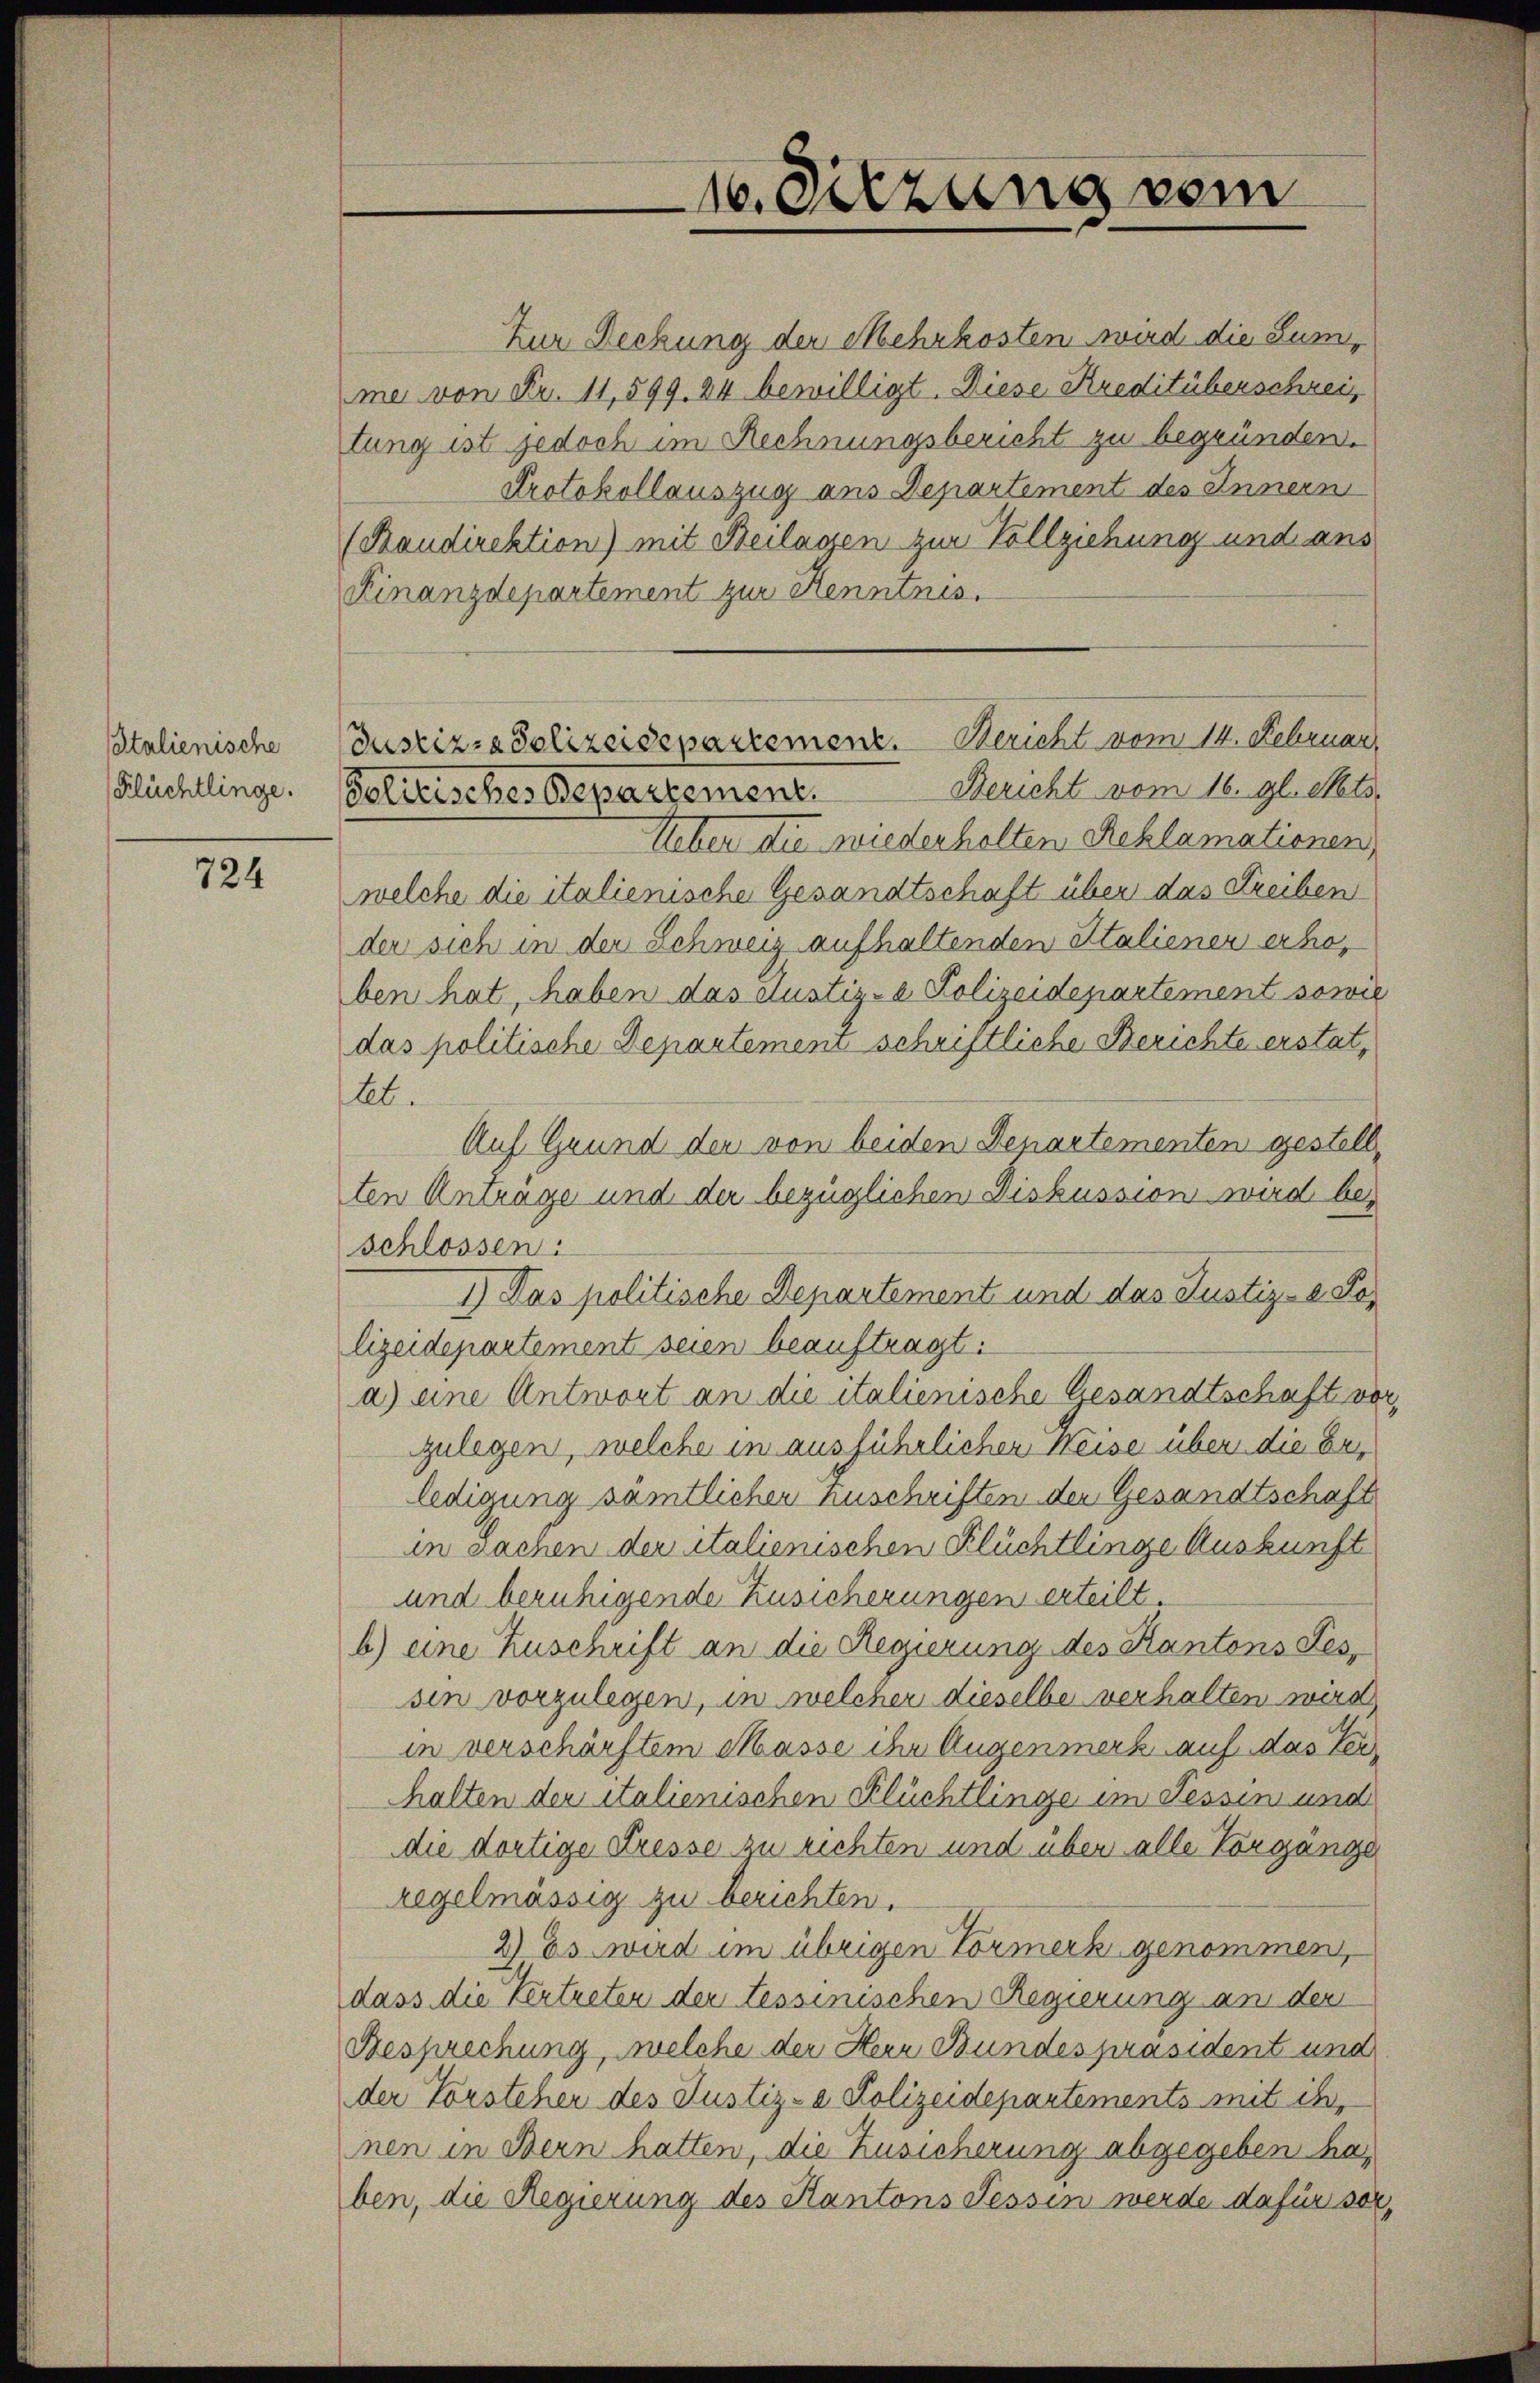
Italienische
Klüchtlinge.

724

16. Sitzung vom

Zur Deckung der Mehrkosten wird die Summe von Fr. 11,599. 84 bewilligt. Diese Kreditüberschreitung ist jedoch im Rechnungsbericht zu begründen.
Protokollauszug aus Departement des Innern
(Kaudirektion) mit Beilagen zur Vollziehung und ans
Finanzdepartement zur Kenntnis.
Ueber die wiederholten Reklamationen.
welche die italienische Gesandtschaft über das Freiben
der sich in der Schweiz aufhaltenden Italiener erhoben hat, haben das Justiz- & Polizeidepartement sowie
das politische Departemen schriftliche Berichte erstatlb.
Auf Grund der von beiden Denartementen gestellten Antrage und der bezüglichen Diskussion wird beschlossen.
1.) Das politische Departement und das Justiz- & Polizeidepartement seien beauftragt.
a) eine Antwort an die italienische Gesandtschaft vor
zulegen, welche in ausführlicher Weise über die ber
ledigung sämtlicher Zuschriften den Gesandtschaft
in Sachen der italienischen Flüchtlinge Auskunft
und beruhigende Zusicherungen erteilt.
b) eine Zuschrift an die Regierung des Kantons Tes-
sin vorzulegen, in welcher dieselbe verhalten werd
in verschärftem Masse ihr Augenmerk auf das Terhalten der italienischen Flüchtlinge im Tessin und
die dortige Presse zu richten und über alle Vorgange
regelmässig zu berichten.
2) Es wird im übrigen Formerk genommen,
dass die Vertreten der tessinischen Regierung an den
Besprechung, welche der Herr Bundespräsident und
der Forsteher des Justiz- & Polizeidepartements mit ih
nen in Bern hatten, die Zusicherung abgegeben haben, die Regierung des Kantons Tessin werde dafür sor¬

Justiz- & Polizeidepartement. Bericht vom 14. Februar,
Bericht vom 16. gl. Mts.
Solitisches Departement.